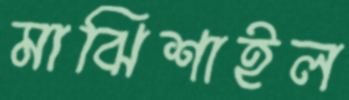
মাঝিশাইল